Note on the mental hospitals in Burma - 1925-1940
Year: 1925
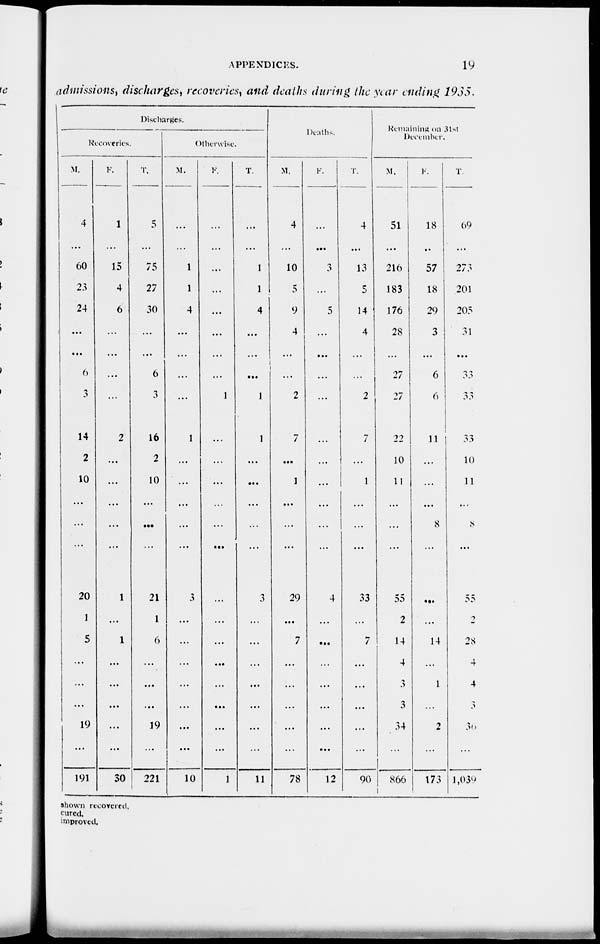
APPENDICES.
19
admissions, discharges, recoveries, and deaths during the year ending 1935.
Discharges.
Recoveries.
M.
4
...
60
23
24
...
...
6
3
14
2
10
...
...
...
20
1
5
...
...
...
19
...
191
F.
1
...
15
4
6
...
...
...
...
2
...
...
...
...
...
1
...
1
...
...
...
...
...
30
T.
5
...
75
27
30
...
...
6
3
16
2
10
...
...
...
21
1
6
...
...
...
19
...
221
Otherwise.
M.
...
...
1
1
4
...
...
...
...
1
...
...
...
...
...
3
...
...
...
...
...
...
...
10
F.
...
...
...
...
...
...
...
...
1
...
...
...
...
...
...
...
...
...
...
...
...
...
...
1
T.
...
...
1
1
4
...
...
...
1
1
...
...
...
...
...
3
...
...
...
...
...
...
...
11
Deaths.
M.
4
...
10
5
9
4
...
...
2
7
...
1
...
...
...
29
...
7
...
...
...
...
...
78
F.
...
...
3
...
5
...
...
...
...
...
...
...
...
...
...
4
...
...
...
...
...
...
...
12
T.
4
...
13
5
14
4
...
...
2
7
...
1
...
...
...
33
...
7
...
...
...
...
...
90
Remaining on 31st
December.
M.
51
...
216
183
176
28
...
27
27
22
10
11
...
...
...
55
2
14
4
3
3
34
...
866
F.
18
...
57
18
29
3
...
6
6
11
...
...
...
8
...
...
...
14
...
1
...
2
...
173
T.
69
...
273
201
205
31
...
33
33
33
10
11
...
8
...
55
2
28
4
4
3
36
...
1 ,039
shown recovered.
cured.
improved.